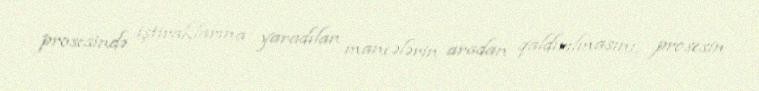
prosesində iştiraklarına yaradılan maneələrin aradan qaldırılmasını, prosesin